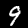
Digit: 9